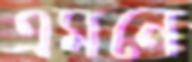
এমনে